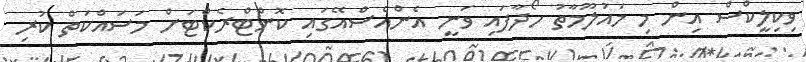
ވިކިލީކްސް އިން މި މައުލޫމާތު ހޯދާފައި ވަނީ އެންއެސްއޭގައި ކޮންޓްރެކްޓަށް މަސައްކަތް ކުރި